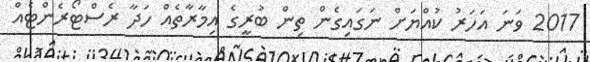
2017 ވަނަ އަހަރު ކުއްޔަށް ނަގައިގެން ތިން ބުރީގެ އިމާރާތެއް ހަދާ ރެސްޓޯރެންޓެއް